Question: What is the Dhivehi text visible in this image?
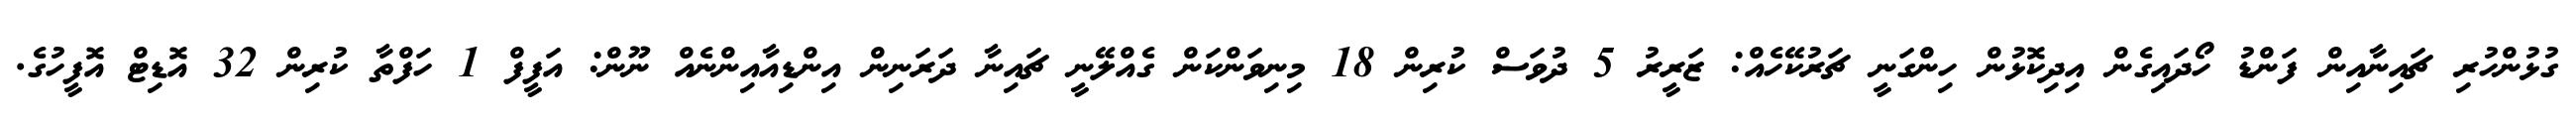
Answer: ގުޅުންހުރި ޗައިނާއިން ފަންޑު ހޯދައިގެން އިދިކޮޅުން ހިންގަނީ ޗަރުކޭހެއް: ޒަރީރު 5 ދުވަސް ކުރިން 18 މިނިވަންކަން ގެއްލޭނީ ޗައިނާ ދަރަނިން އިންޑިއާއިންނެއް ނޫން: އަފީފް 1 ހަފްތާ ކުރިން 32 އޮޑިޓް އޮފީހުގެ.